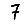
Digit: 7